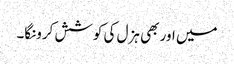
میں اور بھی ہزل کی کوشش کرونگا۔